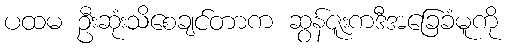
ပထမ ဦးဆုံးသိစေချင်တာက ဆွန်ဇူးကဒီအခြေခံမူကို